Indian journal of veterinary science and animal husbandry - Volumes 22-23, 1952-1953
Year: 1952
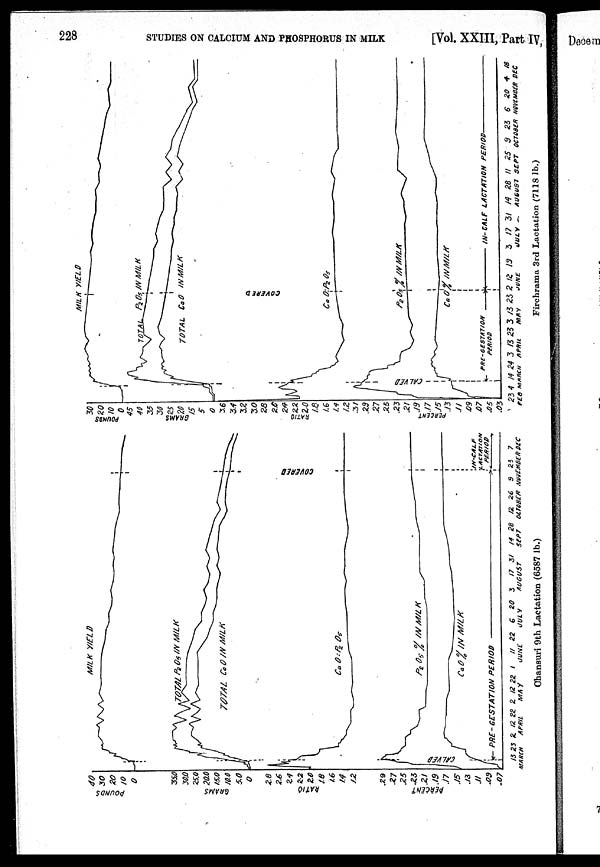
228 STUDIES ON CALCIUM AND PHOSPHORUS IN MILK [Vol. XXIII, Part IV,
Chansuri 9th Lactation (6587 lb.)
Firchrama 3rd Lactation (7118 lb.)